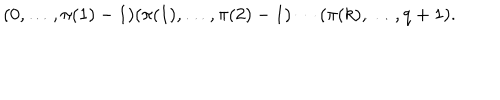
LaTeX: ( 0 , \ldots , \pi ( 1 ) - 1 ) ( \pi ( 1 ) , \ldots , \pi ( 2 ) - 1 ) \cdots ( \pi ( k ) , \ldots , q + 1 ) .